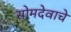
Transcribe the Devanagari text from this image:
सोमदेवाचे